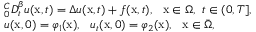
\begin{array} { r l } & { _ { 0 } ^ { C } D _ { t } ^ { \beta } u ( \mathrm { x } , t ) = \Delta u ( \mathrm { x } , t ) + f ( \mathrm { x } , t ) , ~ ~ \mathrm { x } \in \Omega , ~ t \in ( 0 , T ] , } \\ & { u ( \mathrm { x } , 0 ) = \varphi _ { 1 } ( \mathrm { x } ) , ~ ~ u _ { t } ( \mathrm { x } , 0 ) = \varphi _ { 2 } ( \mathrm { x } ) , ~ ~ \mathrm { x } \in \bar { \Omega } , } \end{array}